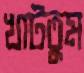
খাটতুম